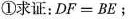
①求证：$$D F = B E$$；